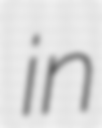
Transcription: in